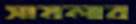
সামলাব